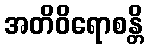
အတိဝိရောစန္တိ